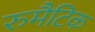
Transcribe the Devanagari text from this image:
रुमैटिक